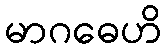
မာဂဓေဟိ